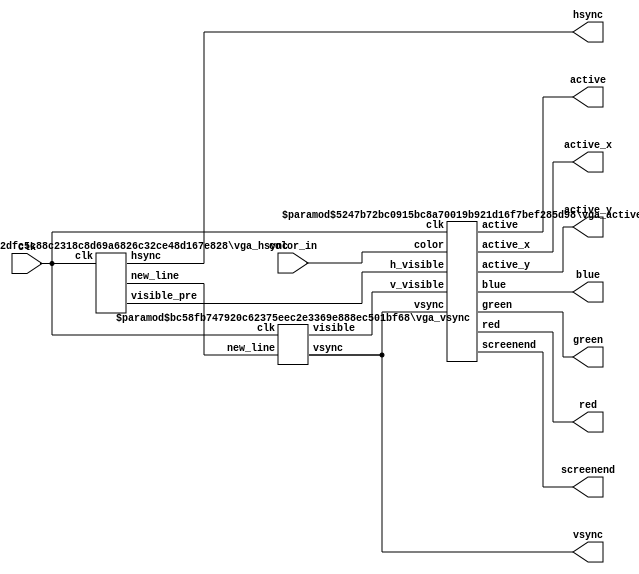
module vga_controller(
clk, 
color_in, screenend, active, active_x, active_y,
hsync, vsync, red, green, blue
);

	input clk;
	input [23:0] color_in;

	output screenend;
	output active;
	output [9:0] active_x;
	output [9:0] active_y;
	output hsync;
	output vsync;
	output [7:0] red;
	output [7:0] green;
	output [7:0] blue;
	
	parameter H_VISIBLE = 1024;
	parameter H_FRONT = 24;
	parameter H_SYNC = 136;
	parameter H_BACK = 160;
	localparam H_LINE = H_VISIBLE + H_FRONT + H_SYNC + H_BACK;

	parameter V_VISIBLE = 768;
	parameter V_FRONT = 3;
	parameter V_SYNC = 6;
	parameter V_BACK = 29;
	localparam V_FRAME = V_VISIBLE + V_FRONT + V_SYNC + V_BACK;

	parameter PRE_ACTIVE = 1; // min 1

	wire new_line;
	wire h_visible_pre;
	wire v_visible;

	vga_hsync #(H_VISIBLE, H_FRONT, H_SYNC, H_BACK, H_LINE, PRE_ACTIVE) 
		hs (clk, hsync, new_line, h_visible_pre);
	
	vga_vsync #(V_VISIBLE, V_FRONT, V_SYNC, V_BACK, V_FRAME)
		vs (clk, vsync, new_line, v_visible);

	vga_active #(H_VISIBLE, V_VISIBLE, PRE_ACTIVE)
		va (clk, vsync, h_visible_pre, v_visible, color_in,
			screenend, active, active_x, active_y, red, green, blue);
	
endmodule

module vga_hsync (clk, hsync, new_line, visible_pre);
	input clk;
	output reg hsync = 0;
	output reg new_line = 0;
	output reg visible_pre = 0;
	
	parameter H_VISIBLE = 1024;	// 20
	parameter H_FRONT = 24; // 3
	parameter H_SYNC = 136; // 4
	parameter H_BACK = 160; // 5
	parameter H_LINE = 1344;
	parameter VISIBLE_PRE_COUNT = 0;
	
	localparam VISIBLE_PRE_FROM = H_SYNC + H_BACK - VISIBLE_PRE_COUNT;
	localparam VISIBLE_PRE_TO = VISIBLE_PRE_FROM + H_VISIBLE;
	
	reg [10:0] count = 0;

	always @(posedge clk) begin
		if (count < (H_LINE - 1)) begin
			count <= count + 1'b1;
		end else begin
			count <= 0;
		end
	end

	always @(posedge clk) begin
		if (count == 0) begin
			new_line <= 1;
		end else begin
			new_line <= 0;
		end
	end

	always @(posedge clk) begin
		if (count < H_SYNC) begin
		  hsync <= 0;
		end else begin
		  hsync <= 1;
		end
	end
	
	always @(posedge clk) begin
		if ((count >= VISIBLE_PRE_FROM) & (count < VISIBLE_PRE_TO)) begin
			visible_pre <= 1;
		end else begin
			visible_pre <= 0;
		end 
	end 
endmodule

module vga_vsync (clk, vsync, new_line, visible);	
	input clk;
	input new_line;
	output reg vsync = 0;
	output reg visible = 0;
	
	parameter V_VISIBLE = 1024;
	parameter V_FRONT = 24;
	parameter V_SYNC = 136;
	parameter V_BACK = 160;
	parameter V_FRAME = 1344;
	
	localparam VISIBLE_FROM = V_SYNC + V_BACK;
	localparam VISIBLE_TO = VISIBLE_FROM + V_VISIBLE;
	reg [10:0] count = 0;
	
	
	always @(posedge new_line) begin
		if (count < (V_FRAME - 1)) begin
			count <= count + 1'b1;
		end else begin 
			count <= 0;
		end 
	end 

	always @(posedge new_line) begin
		if (count < V_SYNC) begin 
			vsync <= 0;
		end else begin 
			vsync <= 1;
		end
	end
	
	always @(posedge new_line) begin
		if ((count >= VISIBLE_FROM) & (count < VISIBLE_TO)) begin
			visible <= 1;
		end else begin
			visible <= 0;
		end 
	end 
endmodule 

module vga_active(
clk, 
vsync, h_visible, v_visible, color,
screenend, active, active_x, active_y, red, green, blue
);
	input clk;
	input vsync;
	input h_visible;
	input v_visible;
	input [23:0] color;
	
	output reg screenend = 0;
	output active;
	output [9:0] active_x;
	output [9:0] active_y;
	output reg [7:0] red = 0;
	output reg [7:0] green = 0;
	output reg [7:0] blue = 0;
	
	parameter WIDTH = 1024;
	parameter HEIGHT = 768;
	parameter COLOR_GAP = 0; 
	
	reg [10:0] x = 0;
	reg [10:0] y = 0;
	reg [9:0] active_fifo = 0;
	
	assign active = h_visible & v_visible;
	assign active_x = x[9:0];
	assign active_y = y[9:0];
	
	reg [1:0] sh_vsync = 0;
	always @(posedge clk) begin
		sh_vsync <= {sh_vsync[0], vsync};
		screenend <= sh_vsync == 2'b10;
	end
	
	always @(posedge clk) begin
		if (screenend) begin
			x <= 0;
			y <= 0;
		end else if (active) begin
			if (x < (WIDTH - 1)) begin
				x <= x + 1'b1;
			end else begin
				if (y < (HEIGHT - 1)) begin
					x <= 0;
					y <= y + 1'b1;
				end else begin
					y <= 0;
					x <= 0;
				end 
			end 
		end 
	end 
	
	always @(posedge clk) begin
		active_fifo = (active_fifo << 1) | active;
		if (active_fifo[(COLOR_GAP - 1)]) begin
			red <= color[23:16];
			green <= color[15:8];
			blue <= color[7:0];
		end else begin
			red <= 0;
			green <= 0;
			blue <= 0;
		end 
	end 
endmodule